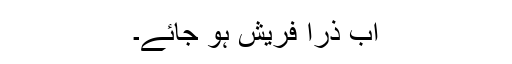
اب ذرا فریش ہو جائے۔